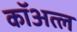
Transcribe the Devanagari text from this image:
कॉअत्ल